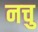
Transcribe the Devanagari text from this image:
नचु